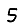
Digit: 5